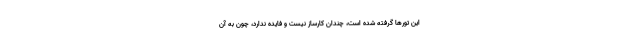
این تورها گرفته شده است، چندان کارساز نیست و فایده ندارد، چون به آن